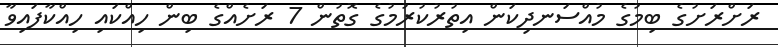
ރަށްރަށުގެ ބިމުގެ މުއްސަނދިކަން އިތުރުކުރުމުގެ ގޮތުން 7 ރަށެއްގެ ބިން ހިއްކައި ހިއްކާފައިވާ